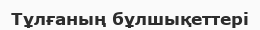
Тұлғаның бұлшықеттері